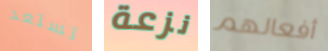
تستعد نزعة أفعالهم